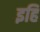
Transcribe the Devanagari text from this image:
इहि